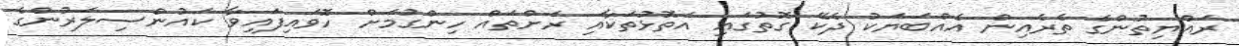
ރައްޔިތުންގެ ތެރެއިން އެއްބަޔަކު ދެކޭ ގޮތުގައި އަތޮޅުތަކާއި ރަށްތައް ހިންގުމަށް ހޮވައިފައިވާ ކައުންސިލަރުންގެ